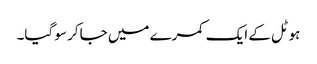
ہوٹل کے ایک کمرے میں جاکر سو گیا۔